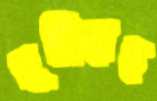
চুম্‌রিয়েছ